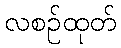
လစဉ်ထုတ်